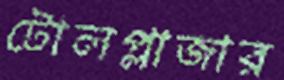
টোলপ্লাজার